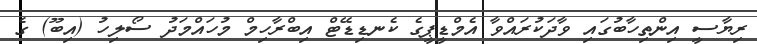
ރިޔާސީ އިންތިހާބުގައި ވާދަކުރައްވާ އެމްޑީޕީގެ ކެނޑިޑޭޓް އިބްރާހިމް މުހައްމަދު ސޯލިހު (އިބޫ) ގެ